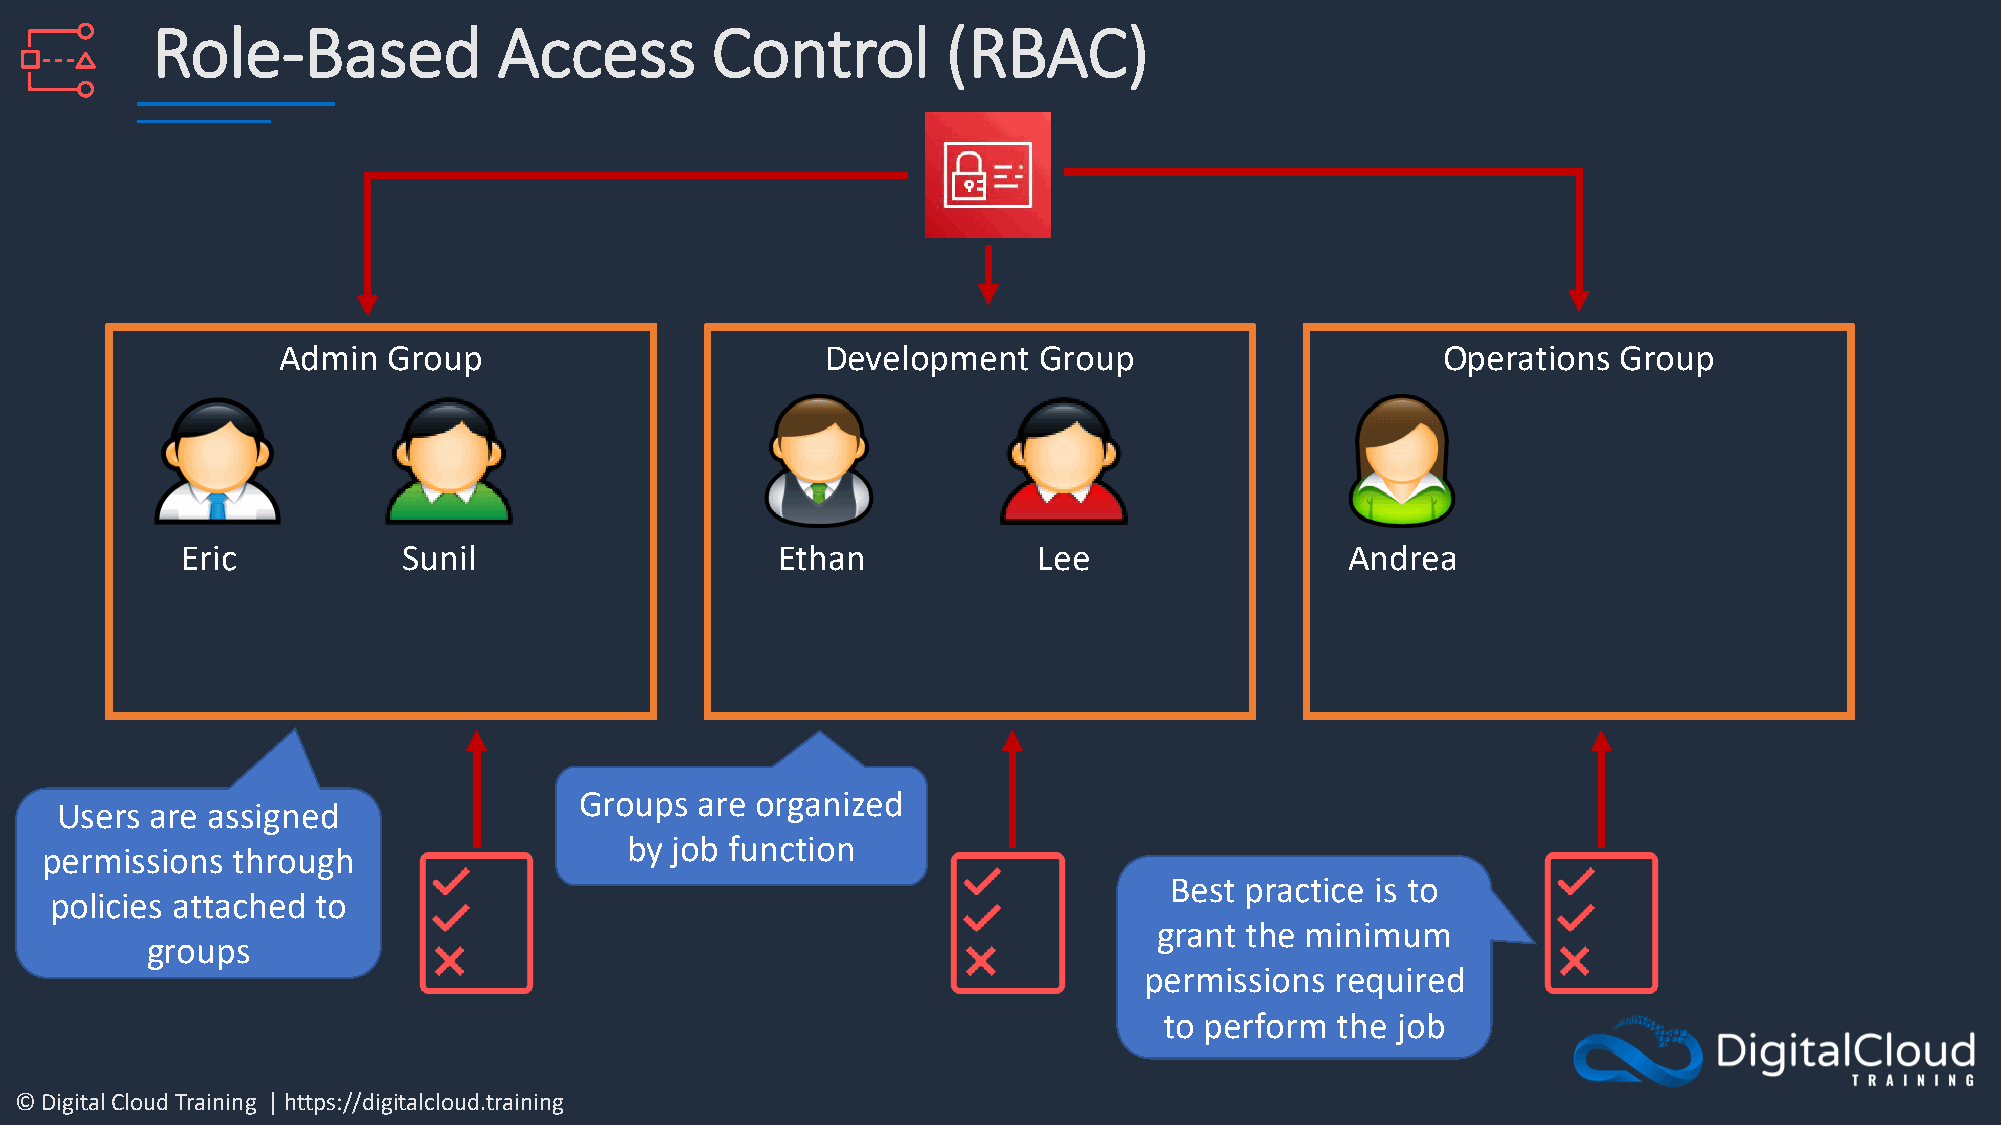
Role-Based             Access        Control         (RBAC)
 Admin   Group                        Development   Group                     Operations  Group
 Eric           Sunil                   Ethan             Lee                 Andrea
 Groups  are organized
 Users are assigned
 by job function
 permissions through
 Best practice is to
 policies attached to
 grant the minimum
 groups
 permissions required
 to perform  the job
 © Digital Cloud Training | https://digitalcloud.training